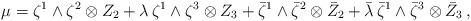
LaTeX: \begin{align*}\mu=\zeta^1\wedge\zeta^2\otimes Z_2+\lambda\, \zeta^1\wedge\zeta^3\otimes Z_3 +\bar \zeta^1\wedge\bar \zeta^2\otimes\bar Z_2+\bar \lambda\,\bar \zeta^1\wedge\bar \zeta^3\otimes\bar Z_3\,,\end{align*}